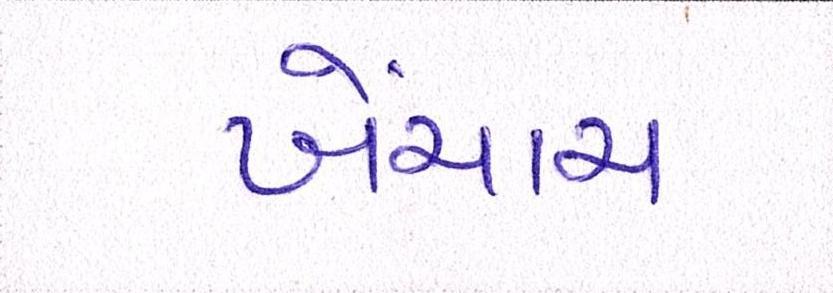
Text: ખેંચાય